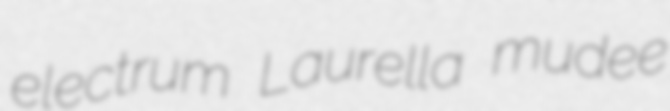
electrum Laurella mudee